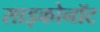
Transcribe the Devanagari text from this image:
साइकोनॉट